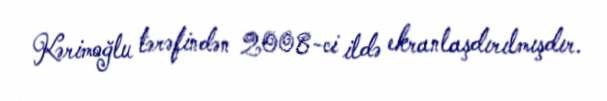
Kərimoğlu tərəfindən 2008-ci ildə ekranlaşdırılmışdır.